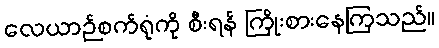
လေယာဉ်စက်ရုံကို စီးရန် ကြိုးစားနေကြသည်။